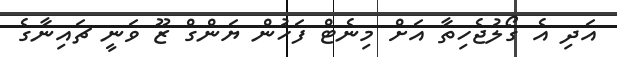
އަދި އެ ގޯލުޖެހިތާ އަށް މިނެޓް ފަހުން ޔަންގް ޒޫ ވަނީ ޗައިނާގެ